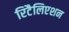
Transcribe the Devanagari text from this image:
रिटैलिएशन